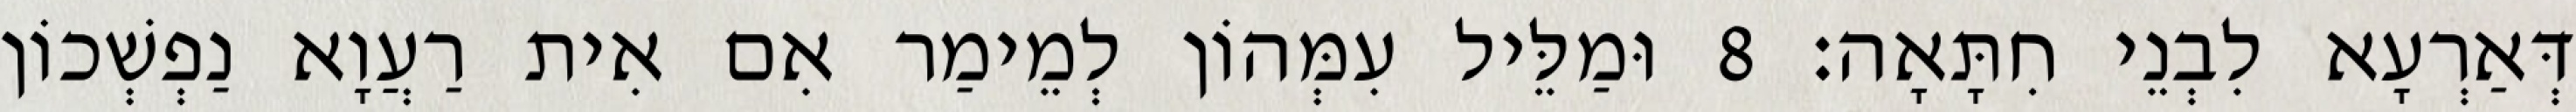
דְּאַרְעָא לִבְנֵי חִתָּאָה׃ 8 וּמַלֵּיל עִמְּהוֹן לְמֵימַר אִם אִית רַעֲוָא נַפְשְׁכוֹן